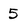
Character: 5